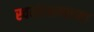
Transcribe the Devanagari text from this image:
स्वसंरक्षणाच्या